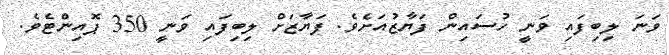
ވަނަ ލިބިފައި ވަނީ ހުސައިން ފަޔާޒުއަށެވެ. ފަޔާޒަށް ލިބިފައި ވަނީ 350 ޕޮއިންޓެވެ.